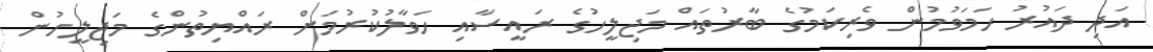
އަދި ދައުރު ހަމަވުމުން ވެރިކަމުގެ ބާރުތައް މަޖިލީހުގެ ރައީސާއި ހަވާލުކުރުމަށް ރައްޔިތުންގެ މަޖިލީހުން